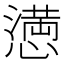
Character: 𢡛